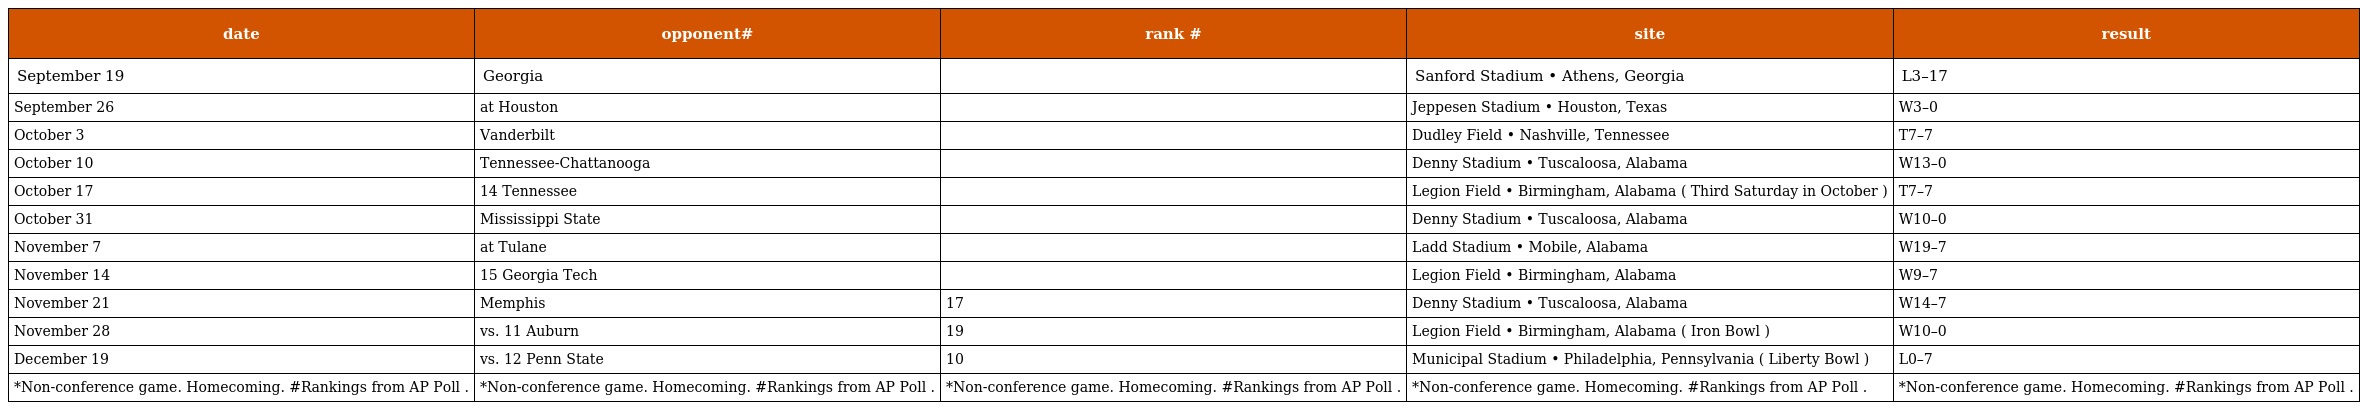
| date | opponent# | rank # | site | result |
 | --- | --- | --- | --- | --- |
 | September 19 | Georgia |  | Sanford Stadium • Athens, Georgia | L3–17 |
 | September 26 | at Houston |  | Jeppesen Stadium • Houston, Texas | W3–0 |
 | October 3 | Vanderbilt |  | Dudley Field • Nashville, Tennessee | T7–7 |
 | October 10 | Tennessee-Chattanooga |  | Denny Stadium • Tuscaloosa, Alabama | W13–0 |
 | October 17 | 14 Tennessee |  | Legion Field • Birmingham, Alabama ( Third Saturday in October ) | T7–7 |
 | October 31 | Mississippi State |  | Denny Stadium • Tuscaloosa, Alabama | W10–0 |
 | November 7 | at Tulane |  | Ladd Stadium • Mobile, Alabama | W19–7 |
 | November 14 | 15 Georgia Tech |  | Legion Field • Birmingham, Alabama | W9–7 |
 | November 21 | Memphis | 17 | Denny Stadium • Tuscaloosa, Alabama | W14–7 |
 | November 28 | vs. 11 Auburn | 19 | Legion Field • Birmingham, Alabama ( Iron Bowl ) | W10–0 |
 | December 19 | vs. 12 Penn State | 10 | Municipal Stadium • Philadelphia, Pennsylvania ( Liberty Bowl ) | L0–7 |
 | *Non-conference game. Homecoming. #Rankings from AP Poll . | *Non-conference game. Homecoming. #Rankings from AP Poll . | *Non-conference game. Homecoming. #Rankings from AP Poll . | *Non-conference game. Homecoming. #Rankings from AP Poll . | *Non-conference game. Homecoming. #Rankings from AP Poll . |